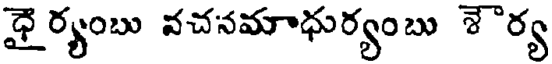
ధై ర్యంబు వచనమాధుర్యంబు శౌర్య